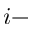
i -